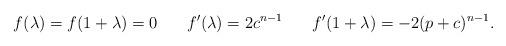
LaTeX: \begin{align*}f(\lambda)&=f(1+\lambda)=0& f'(\lambda)&=2c^{n-1}& f'(1+\lambda)&=-2(p+c)^{n-1}.\end{align*}